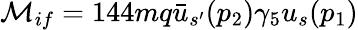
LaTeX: {\cal{M}}_{if}=144mq\bar{u}_{s^{\prime}}(p_{2})\gamma_{5}u_{s}(p_{1})